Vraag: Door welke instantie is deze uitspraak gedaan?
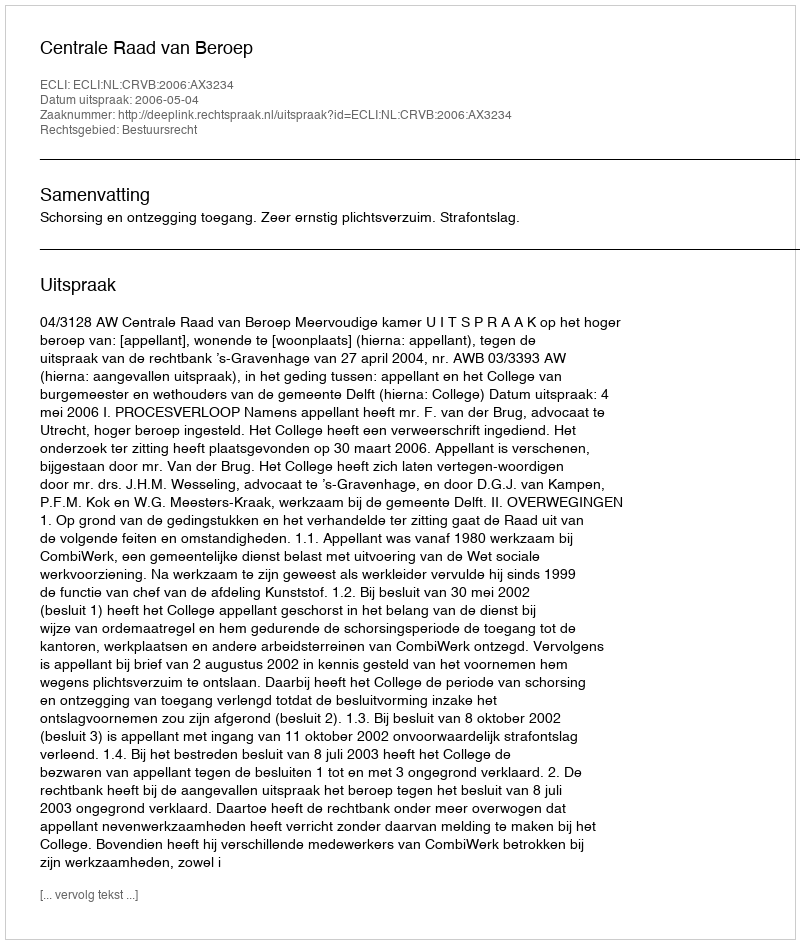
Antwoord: Centrale Raad van Beroep